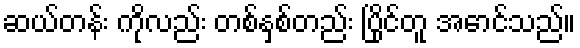
ဆယ်တန်း ကိုလည်း တစ်နှစ်တည်း ပြိုင်တူ အောင်သည်။